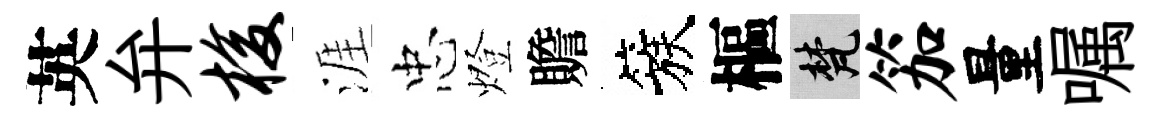
英弁梭涯忠燈贍簇樞梵笳量嘱